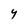
Character: Y